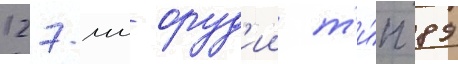
127-мм оруд'ии т'и́п 89